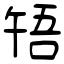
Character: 啎